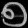
Digit: ၅